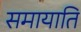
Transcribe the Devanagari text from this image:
समायाति